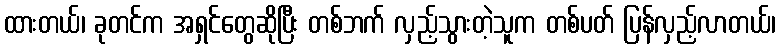
ထားတယ်၊ ခုတင်က အရှင်တွေဆိုပြီး တစ်ဘက် လှည့်သွားတဲ့သူက တစ်ပတ် ပြန်လှည့်လာတယ်၊